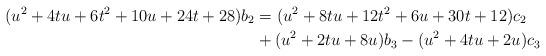
LaTeX: \begin{align*}(u^2+4tu+6t^2+10u+24t+28)b_2 & =(u^2+8tu+12t^2+6u+30t+12)c_2 \\& +(u^2+2tu+8u)b_3-(u^2+4tu+2u)c_3\end{align*}